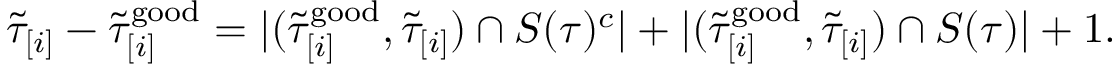
\begin{array} { r } { \widetilde { \tau } _ { [ i ] } - \widetilde { \tau } _ { [ i ] } ^ { \mathrm { g o o d } } = | ( \widetilde { \tau } _ { [ i ] } ^ { \mathrm { g o o d } } , \widetilde { \tau } _ { [ i ] } ) \cap S ( \tau ) ^ { c } | + | ( \widetilde { \tau } _ { [ i ] } ^ { \mathrm { g o o d } } , \widetilde { \tau } _ { [ i ] } ) \cap S ( \tau ) | + 1 . } \end{array}